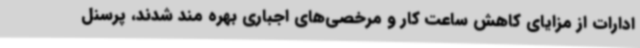
ادارات از مزایای کاهش ساعت کار و مرخصی‌های اجباری بهره مند شدند، پرسنل